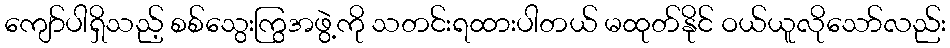
ကျော်ပါရှိသည့် စစ်သွေးကြွအဖွဲ့ကို သတင်းရထားပါတယ် မထုတ်နိုင် ဝယ်ယူလိုသော်လည်း